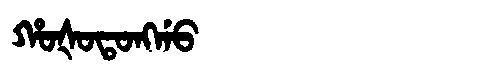
Manchu: ᡥᠣᡧᠣᡨᠣᠩᡤᠣ
Romanization: HOŠOTONGGO